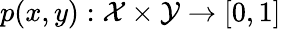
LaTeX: p(x,y):\mathcal{X}\times\mathcal{Y}\rightarrow[0,1]